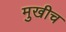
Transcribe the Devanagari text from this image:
मुखीच